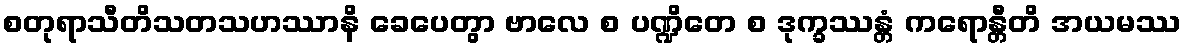
စတုရာသီတိသတသဟဿာနိ ခေပေတွာ ဗာလေ စ ပဏ္ဍိတေ စ ဒုက္ခဿန္တံ ကရောန္တီတိ အယမဿ